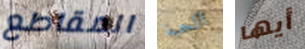
المقاطع الحبة أيها